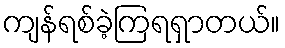
ကျန်ရစ်ခဲ့ကြရရှာတယ်။